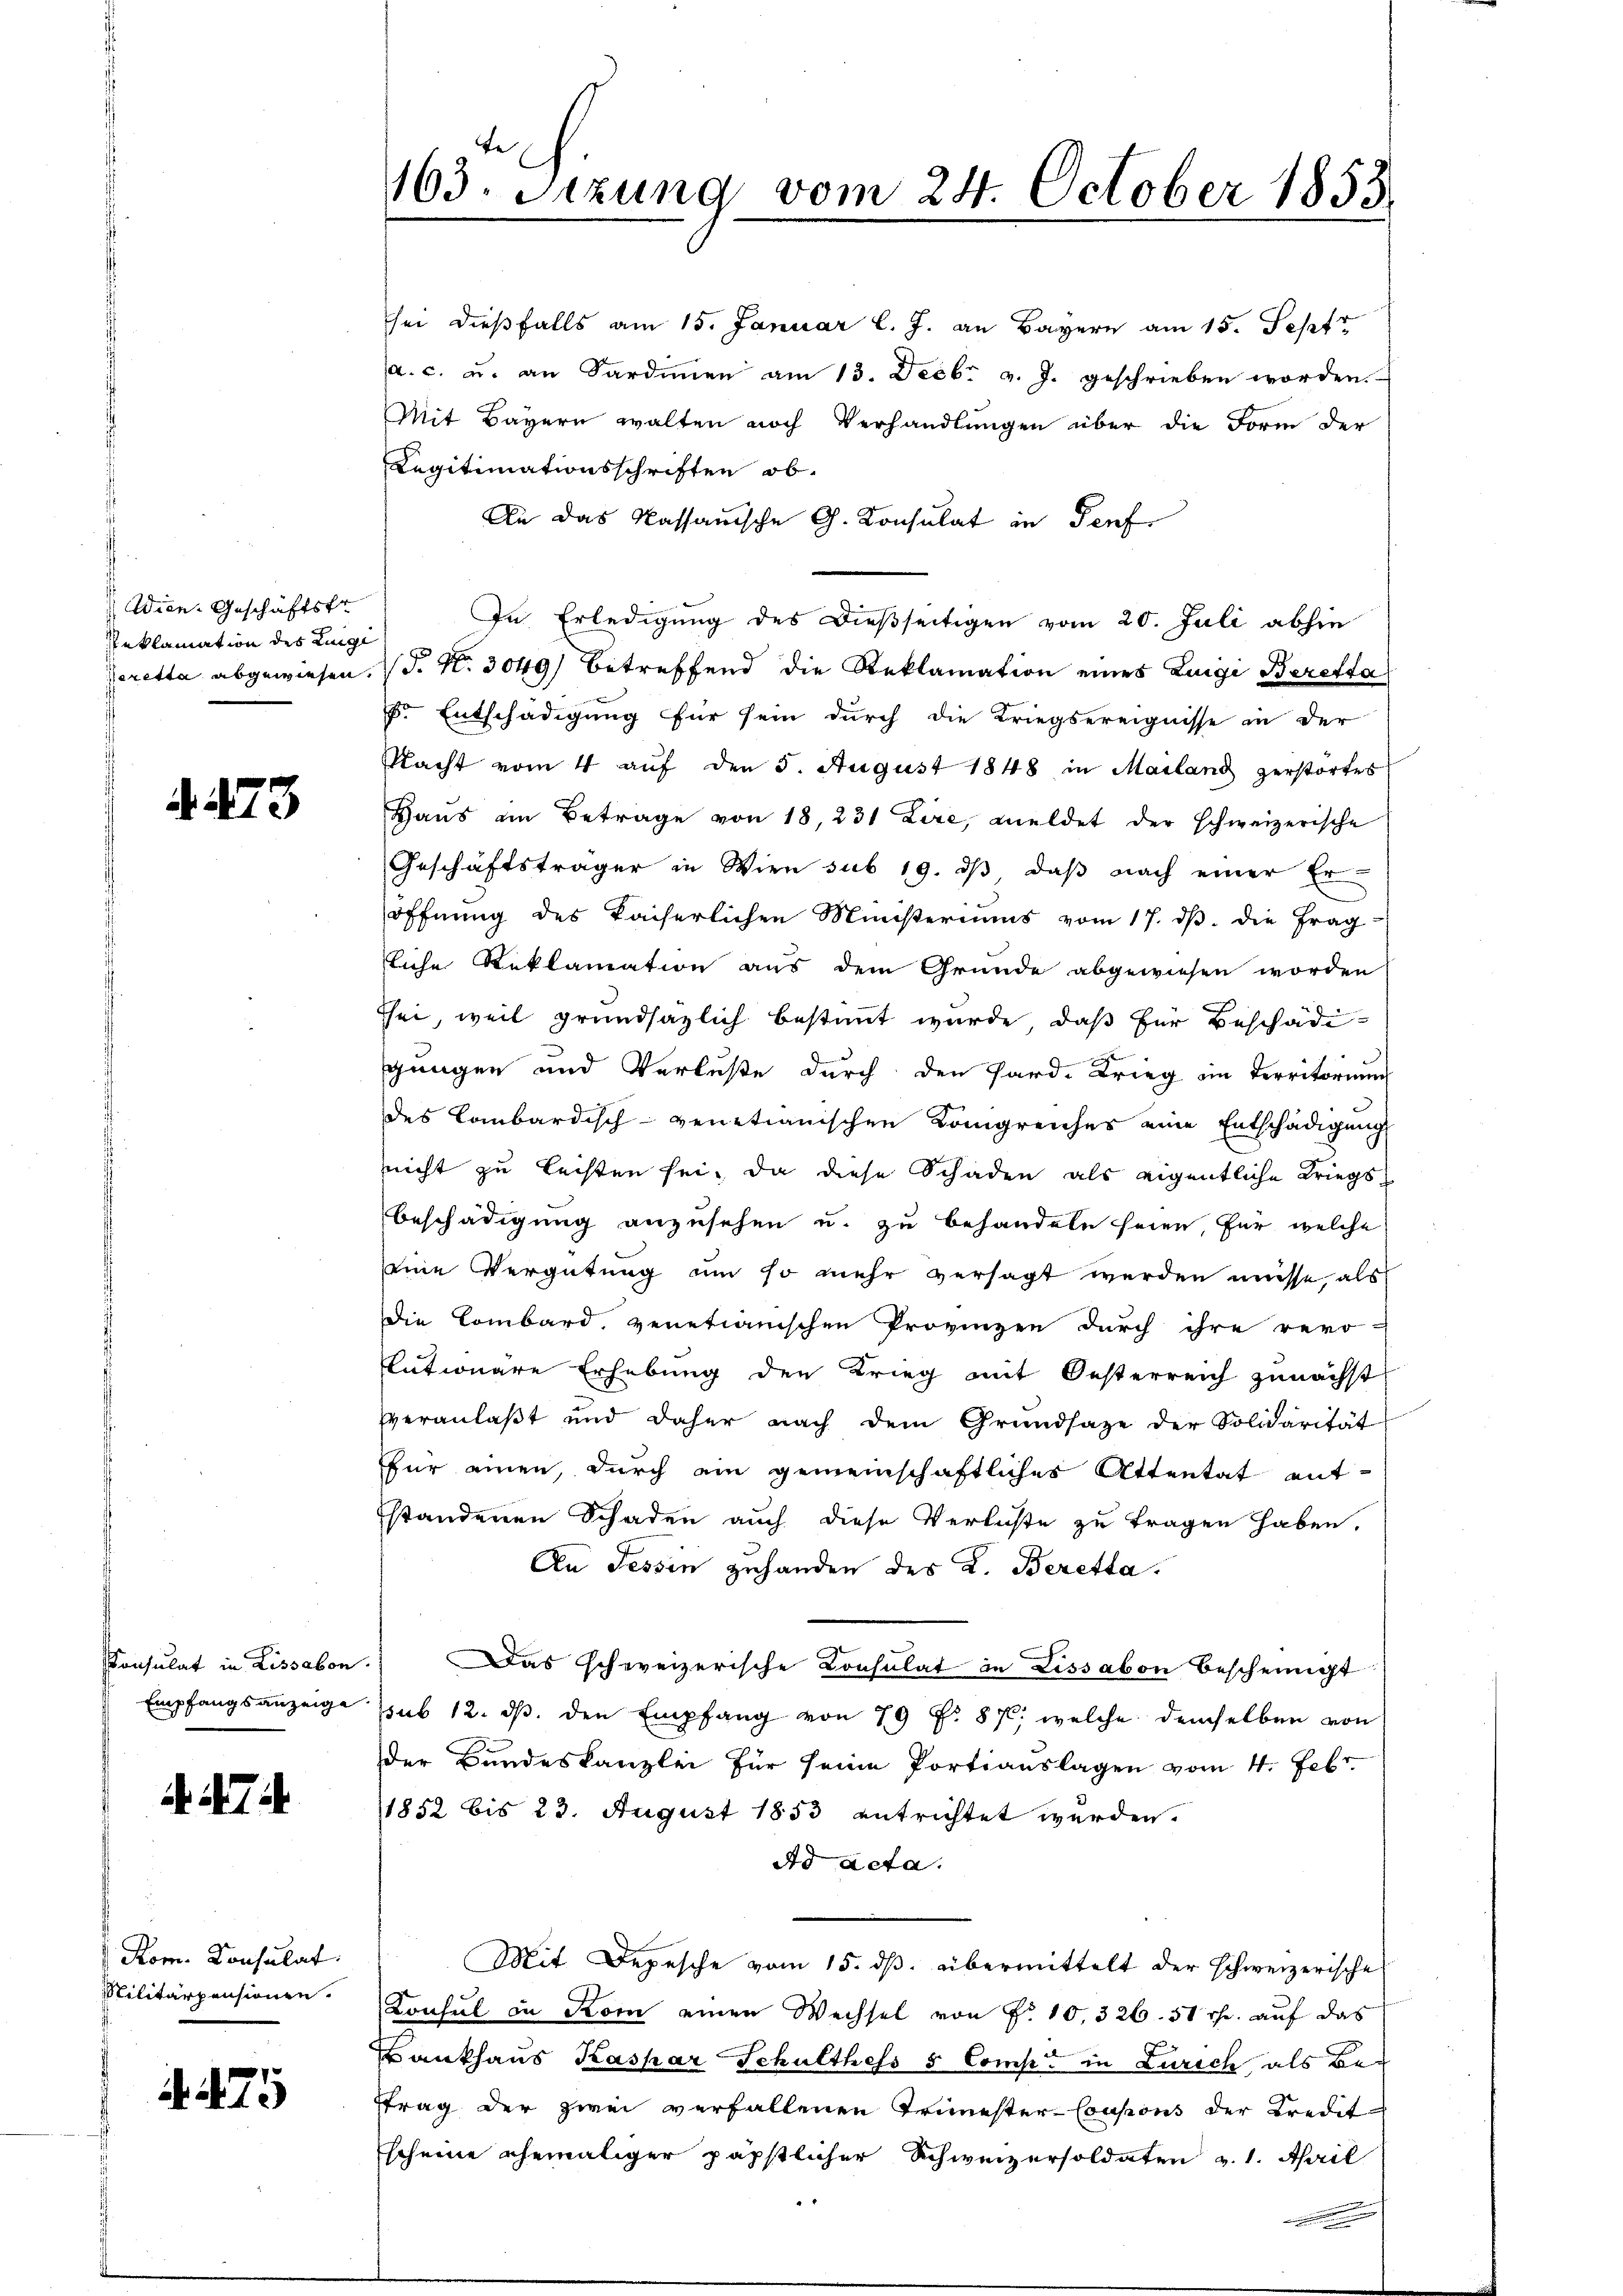
Wien. Geschäftstr
Reklamation des Lunge
eretta abgewiesen.

d 423

Konsulat in Lissabon
Empfangsanzeige

. 7

Rom. Consulat
Militärpensionen.

4475

163. Setzung vom 24. October 1853

sei dießfalls am 15. Januar l. J. an Bayern am 15. Jepfr
a. c. u. an Sardinen am 13. Decbr v. J. geschrieben worden.
Mit Bayern walten noch Verhandlungen über die Form der
Legitimationsschriften ob.
An das Kassauische G. Konsulat in Perf
In Erledigung des dießseitigen vom 20. Juli abhin
(P. Nr. 3049) betreffend die Reklamation eines Luigi Beretta
Fr. Entschädigung für sein durch die Kriegsereignisse in der
Nacht vom 4 auf den 5. August 1848 in Mailand zerstortes
Haus am Betrage von 18, 231 Lire, meldet der schweizerische
Geschäftsträger in Wien sub 19. dβ daß nach einer Er-
öffnung des Kaiserlichen Ministeriums vom 17. ds. die Frag
sliche Reklamation aus dem Grunde abgewiesen worden
hei, weil grundsazlich bestimmt wurde, daß für Beschädi-
gangen und Verluste durch den Fard-Krieg im Territorium
des Lombardisch-venetianischen Königreiches eine Entschädigung
nicht zu leisten sei, da diese Schaden als eigentliche Kriegs¬
Beschädigung anzusehen u. zu behandeln seien, für welche
eine Vergütung um so mehr versagt werden müsse, als
Die Combard, venetianischen Provinzen durch ihre revo
lutionare Erhebung den Krieg mit Oesterreich zunächst
veranlaßt und daher nach dem Grundsaze der Solidarität
für einen, durch ein gemeinschaftliches Attentat entstandenen Schaden auch diese Verluste zu tragen haben.
An Tessin zuhanden des L. Beretta
Das schweizerische Consulat in Lissabon bescheinigt
sub 12. ds. den Empfang von 79 f. 87, welche demselben von
der Bundeskanzlei für seine Portiauslagen vom 4. Febr.
1852 bis 23. August 1853 entrichtet werden.
Ad Acta.
Mit Depesche vom 15. ds. übermittelt der schweizerische
Konsul in Rom einen Wechsel von Nr. 10, 326. 51 Th. auf das
Krankhaus Kaspar Schulthess 8 Comp. in Zürich als Betrag der zwei verfallenen Trimester-Consons der Kredit-
scheine ehemaliger päpstlicher Schweizersoldaten v. 1. April

.